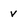
Character: v